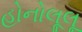
હોનોલૂલૂ